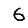
Digit: 6